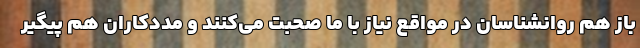
باز هم روانشناسان در مواقع نیاز با ما صحبت می‌کنند و مددکاران هم پیگیر